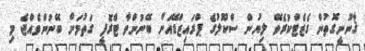
ޤާނޫނީގޮތުން ގެޒެޓްކުރެވޭ ލިޔުން ސްކޫލުގެ ޕްރައިޒްޑޭއަށް ބޭނުންވާ ޓްރޮފީ ގަތުމަށް ބޭނުންވެއްޖެ މި